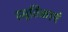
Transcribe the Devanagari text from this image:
स्मृतिकाएं